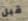
قبل